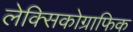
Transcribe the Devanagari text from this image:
लेक्सिकोग्राफिक